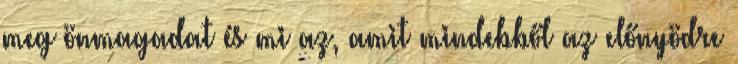
meg önmagadat és mi az, amit mindebből az előnyödre